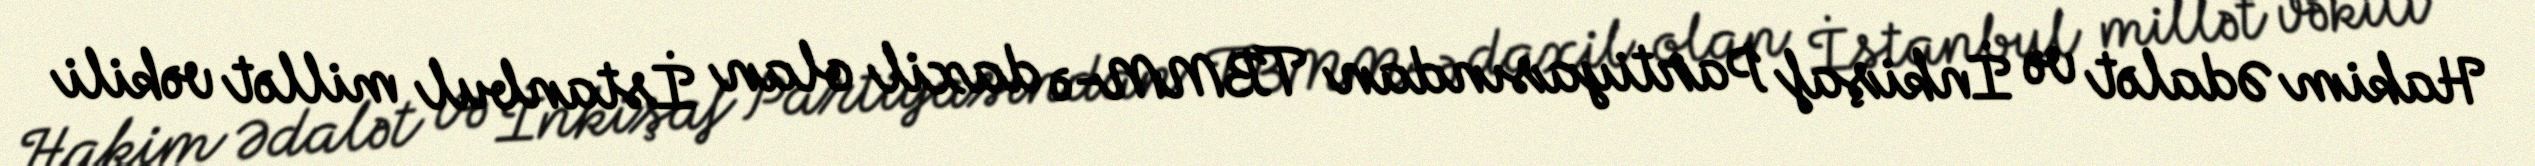
Hakim Ədalət və İnkişaf Partiyasından TBMM-ə daxil olan İstanbul millət vəkili